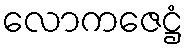
လောကဇေဋ္ဌံ